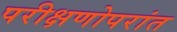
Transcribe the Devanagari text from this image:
परीक्षणोपरांत